Medical and sanitary report of the native army of Bengal for the year
Year: 1877
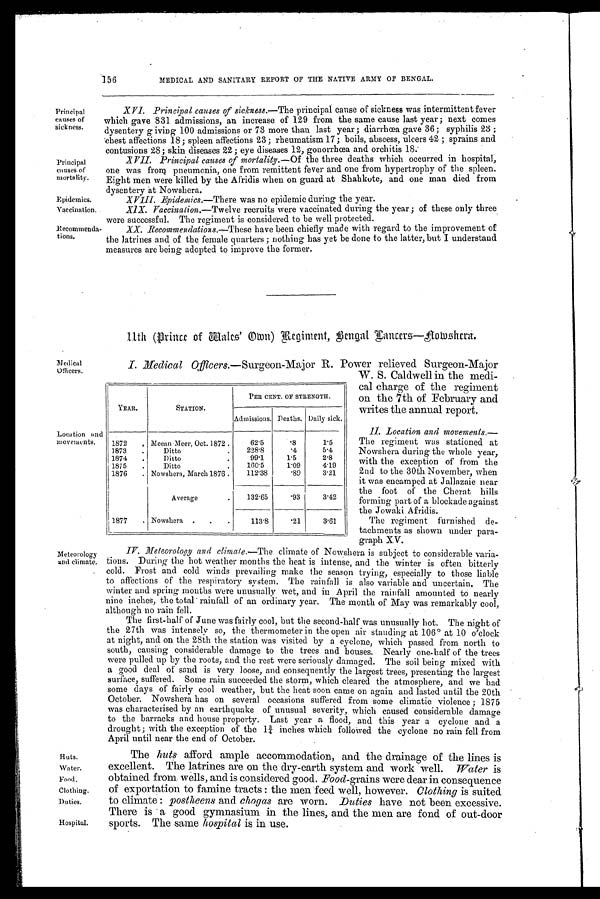
Principal
causes of
mortality.
Epidemics.
Vaccination.
Recommenda-
tions.
Medical
Officers.
Meteorology
and climate.
Huts.
Water.
Fond.
Clothing.
Duties.
Hospital.
Location and
movements.
156
MEDICAL AND SANITARY REPORT OF THE NATIVE ARMY OF BENGAL.
Principal
causes of
sickness.
XVI. Principal causes of sickness.— The principal cause of sickness was intermittent fever
which gave 831 admissions, an increase of 129 from the same cause last year ; next comes
dysentery g iving 100 admissions or 73 more than last year ; diarrhœa gave 36 ; syphilis 23 ;
chest affections 18; spleen affections 23; rheumatism 17; boils, abscess, ulcers 42 ; sprains and
contusions 28; skin diseases 22; eye diseases 12, gonorrhœa and orchitis 18:
XVII. Principal causes of mortality.— Of the three deaths which occurred in hospital,
one was from pneumonia, one from remittent fever and one from hypertrophy of the spleen.
Eight men were killed by the Afridis when on guard at Shahkote, and one man died from
dysentery at Nowshera.
X V I I I . E p i d e m i c s . —
T h e r ew
a s n o e p i d e m i c d u r i n g t h e y e a r .
XIX. Vaccination.— Twelve recruits were vaccinated during the year ; of these only three
were successful. The regiment is considered to be well protected.
XX. Recommendations.—These have been chiefly made with regard to the improvement of
the latrines and of the female quarters ; nothing has yet be done to the latter, but I understand
measures are being adopted to improve the former.
11th Prince of Wales' Own) Regiment, Bengal Iancers—Aowshera.
I. Medical Officers .—Surgeon-Major R. Power relieved Surgeon-Major
W. S. Caldwell in the medi-
cal charge of the regiment
on the 7th of February and
writes the annual report.
II. Location and movements.—
The regiment was stationed at
Nowshera during the whole year,
with the exception of from the
2nd to the 30th November, when
it was encamped at Jallazaie near
the foot of the Cherat hills
forming part of a blockade against
the Jowaki Afridis.
The regiment furnished de-
tachments as shown under para-
graph XV.
IV. Meteorology and climate.— The climate of Nowshera is subject to considerable varia-
tions. During the hot weather months the heat is intense, and the winter is often bitterly
cold. Frost and cold winds prevailing make the season trying, especially to those liable
to affections of the respiratory system. The rainfall is also variable and uncertain. The
winter and spring months were unusually wet, and in April the rainfall amounted to nearly
nine inches, the total rainfall of an ordinary year. The month of May was remarkably cool,
although no rain fell.
The first-half of June was fairly cool, but the second-half was unusually hot. The night of
the 27th was intensely so, the thermometer in the open air standing at 106° at 10 o'clock
at night, and on the 28th the station was visited by a cyclone, which passed from north to
south, causing considerable damage to the trees and houses. Nearly one-half of the trees
were pulled up by the roots, and the rest were seriously damaged. The soil being mixed with
a good deal of sand is very loose, and consequently the largest trees, presenting the largest
surface, suffered. Some rain succeeded the storm, which cleared the atmosphere, and we bad
some days of fairly cool weather, but the heat soon came on again and lasted until the 20th
October. Nowshera has on several occasions suffered from some climatic violence ; 1875
was characterised by an earthquake of unusual severity, which caused considerable damage
to the barracks and house property. Last year a flood, and this year a cyclone and a
drought; with the exception of the 13/4 inches which followed the cyclone no rain fell from
April until near the end of October.
The huts afford ample accommodation, and the drainage of the lines is
excellent. The latrines are on the dry-earth system and work well. Water is
obtained from wells, and is considered good. Food-grains were dear in consequence
of exportation to famine tracts : the men feed well, however. Clothing is suited
to climate : postheens and chogas are worn. Duties have not been excessive.
There is a good gymnasium in the lines, and the men are fond of out-door
sports. The same hospital is in use.
YEAR.
STATION.
PER CENT. OF STRENGTH.
Admissions. Deaths. Daily sick.
1872
, Meean Mecr, Oct. 1872 .
62.5
.8
1 . 5
1873
.
Ditto
.
228.8
. 4
5 . 4
1874
.
Ditto
99.1
1.5
2.8
1875
.
Ditto
.
160.5
1.09
4.19
1876
. Nowshera, March 1876 .
1 1 2 . 3 8
.89
3.21
Average
.
132.65
.93
3.42
1877
. Nowshera
.
.
.
113.S
.21
3.61